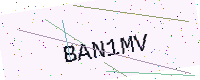
Text: BAN1MV